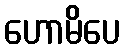
ဟောမိပေ